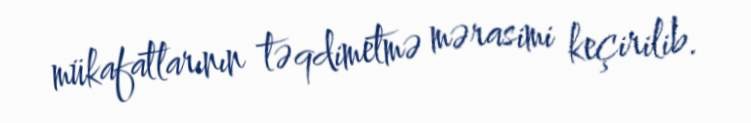
mükafatlarının təqdimetmə mərasimi keçirilib.